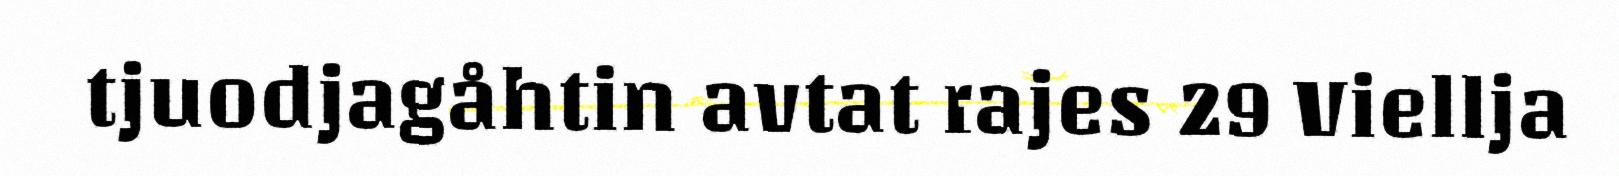
tjuodjagåhtin avtat rajes 29 Viellja